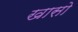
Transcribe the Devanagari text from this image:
खासो